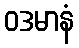
ဝဒမာနံ